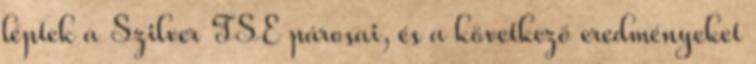
léptek a Szilver TSE párosai, és a következő eredményeket